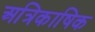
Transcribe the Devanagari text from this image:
अत्रिकाषिक